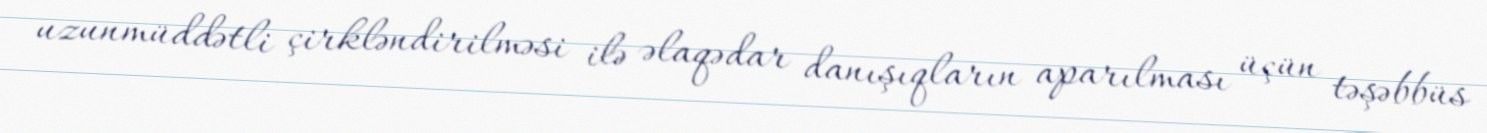
uzunmüddətli çirkləndirilməsi ilə əlaqədar danışıqların aparılması üçün təşəbbüs